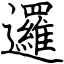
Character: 邏